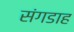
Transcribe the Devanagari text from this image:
संगडाह